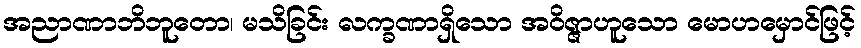
အညာဏာဘိဘူတော၊ မသိခြင်း လက္ခဏာရှိသော အဝိဇ္ဇာဟူသော မောဟမှောင်ဖြင့်